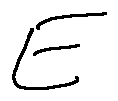
E